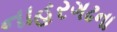
નાહરગઢના